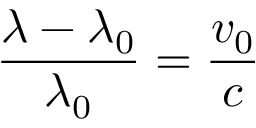
{ \frac { \lambda - \lambda _ { 0 } } { \lambda _ { 0 } } } = { \frac { v _ { 0 } } { c } }